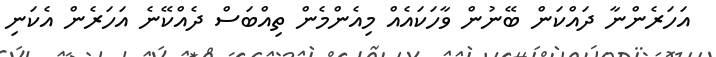
އަހަރެންނާ ދައްކަން ބޭނުން ވާހަކައެއް މިއެންމެން ތިއްބަސް ދެއްކޭނެ އަހަރެން އެކަނި